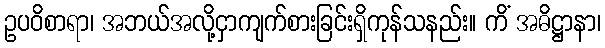
ဥပဝိစာရာ၊ အဘယ်အလို့ငှာကျက်စားခြင်းရှိကုန်သနည်း။ ကိံ အဓိဋ္ဌာနာ၊